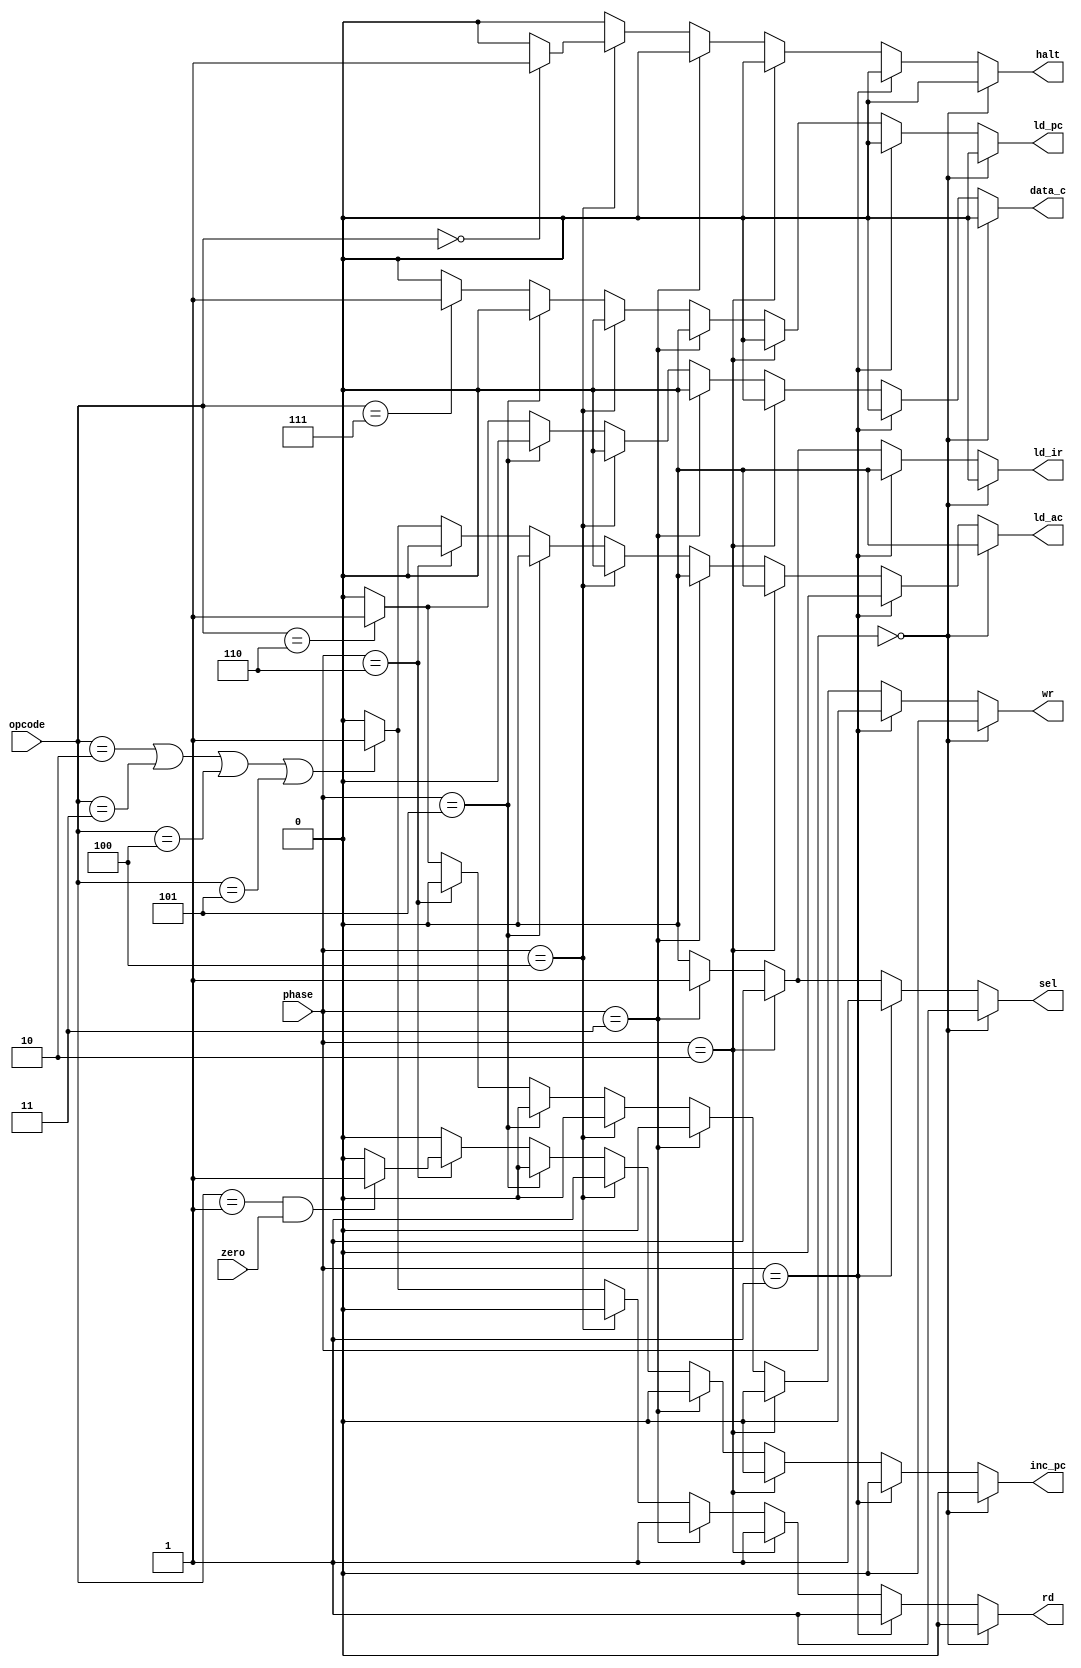
module controller (zero,phase,opcode,sel,rd,ld_ir,inc_pc,halt,ld_pc,data_c,ld_ac,wr);

    input wire zero;
    input wire [2:0]phase;
    input wire [2:0]opcode;

    output reg sel;
    output reg rd;
    output reg ld_ir;
    output reg inc_pc;
    output reg halt;
    output reg ld_pc;
    output reg data_c;
    output reg ld_ac;
    output reg wr;

    reg H,Z,A,S,J;

    always @(opcode)begin
        H = (opcode == 3'b000)? 1:0;
        Z = (opcode == 3'b001 & zero == 1)? 1:0;
        A = (opcode == 3'b010 | opcode == 3'b011 | opcode == 3'b100 | opcode == 3'b101)? 1:0;
        S = (opcode == 3'b110)? 1:0;
        J = (opcode == 3'b111)? 1:0;
    end

    always @(phase) begin
        if (phase == 3'b000) begin
            sel=1; rd=0; ld_ir=0; inc_pc=0; halt=0; ld_pc=0; data_c=0; ld_ac=0; wr=0;
        end
        else if (phase == 3'b001) begin
            sel=1; rd=1; ld_ir=0; inc_pc=0; halt=0; ld_pc=0; data_c=0; ld_ac=0; wr=0;
        end
        else if (phase == 3'b010) begin
            sel=1; rd=1; ld_ir=1; inc_pc=0; halt=0; ld_pc=0; data_c=0; ld_ac=0; wr=0;
        end
        else if (phase == 3'b011) begin
            sel=1; rd=1; ld_ir=1; inc_pc=0; halt=0; ld_pc=0; data_c=0; ld_ac=0; wr=0;
        end
        else if (phase == 3'b100) begin
            sel=0; rd=0; ld_ir=0; inc_pc=1; halt=H; ld_pc=0; data_c=0; ld_ac=0; wr=0;
        end
        else if (phase == 3'b101) begin
            sel=0; rd=A; ld_ir=0; inc_pc=0; halt=0; ld_pc=0; data_c=0; ld_ac=0; wr=0;
        end
        else if (phase == 3'b110) begin
            sel=0; rd=A; ld_ir=0; inc_pc=Z; halt=0; ld_pc=J; data_c=S; ld_ac=0; wr=0;
        end
        else begin
            sel=0; rd=A; ld_ir=0; inc_pc=0; halt=0; ld_pc=J; data_c=S; ld_ac=A; wr=S;
        end
    end
endmodule